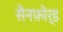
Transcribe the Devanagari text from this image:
सैनफ़ोर्ड